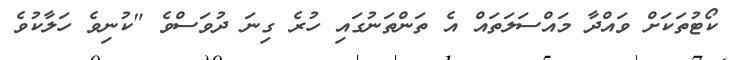
ކޯޓުތަކަށް ވައްދާ މައްސަލަތައް އެ ތަންތަނުގައި ހުރެ ގިނަ ދުވަސްވެ "ކުނިވެ ހަލާކުވެ